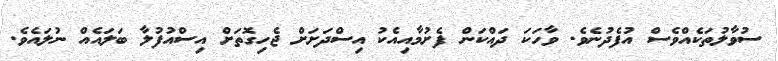
ސުވާލުތަކެއްވެސް އުފެދުނެވެ. ވާހަކަ ދައްކަން ފެށުމާއިއެކު އިސްދަށަށް ޖެހިގޮތަށް އިސްއުފުލާ ބަލައެއް ނުލައެވެ.